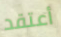
أعتقد